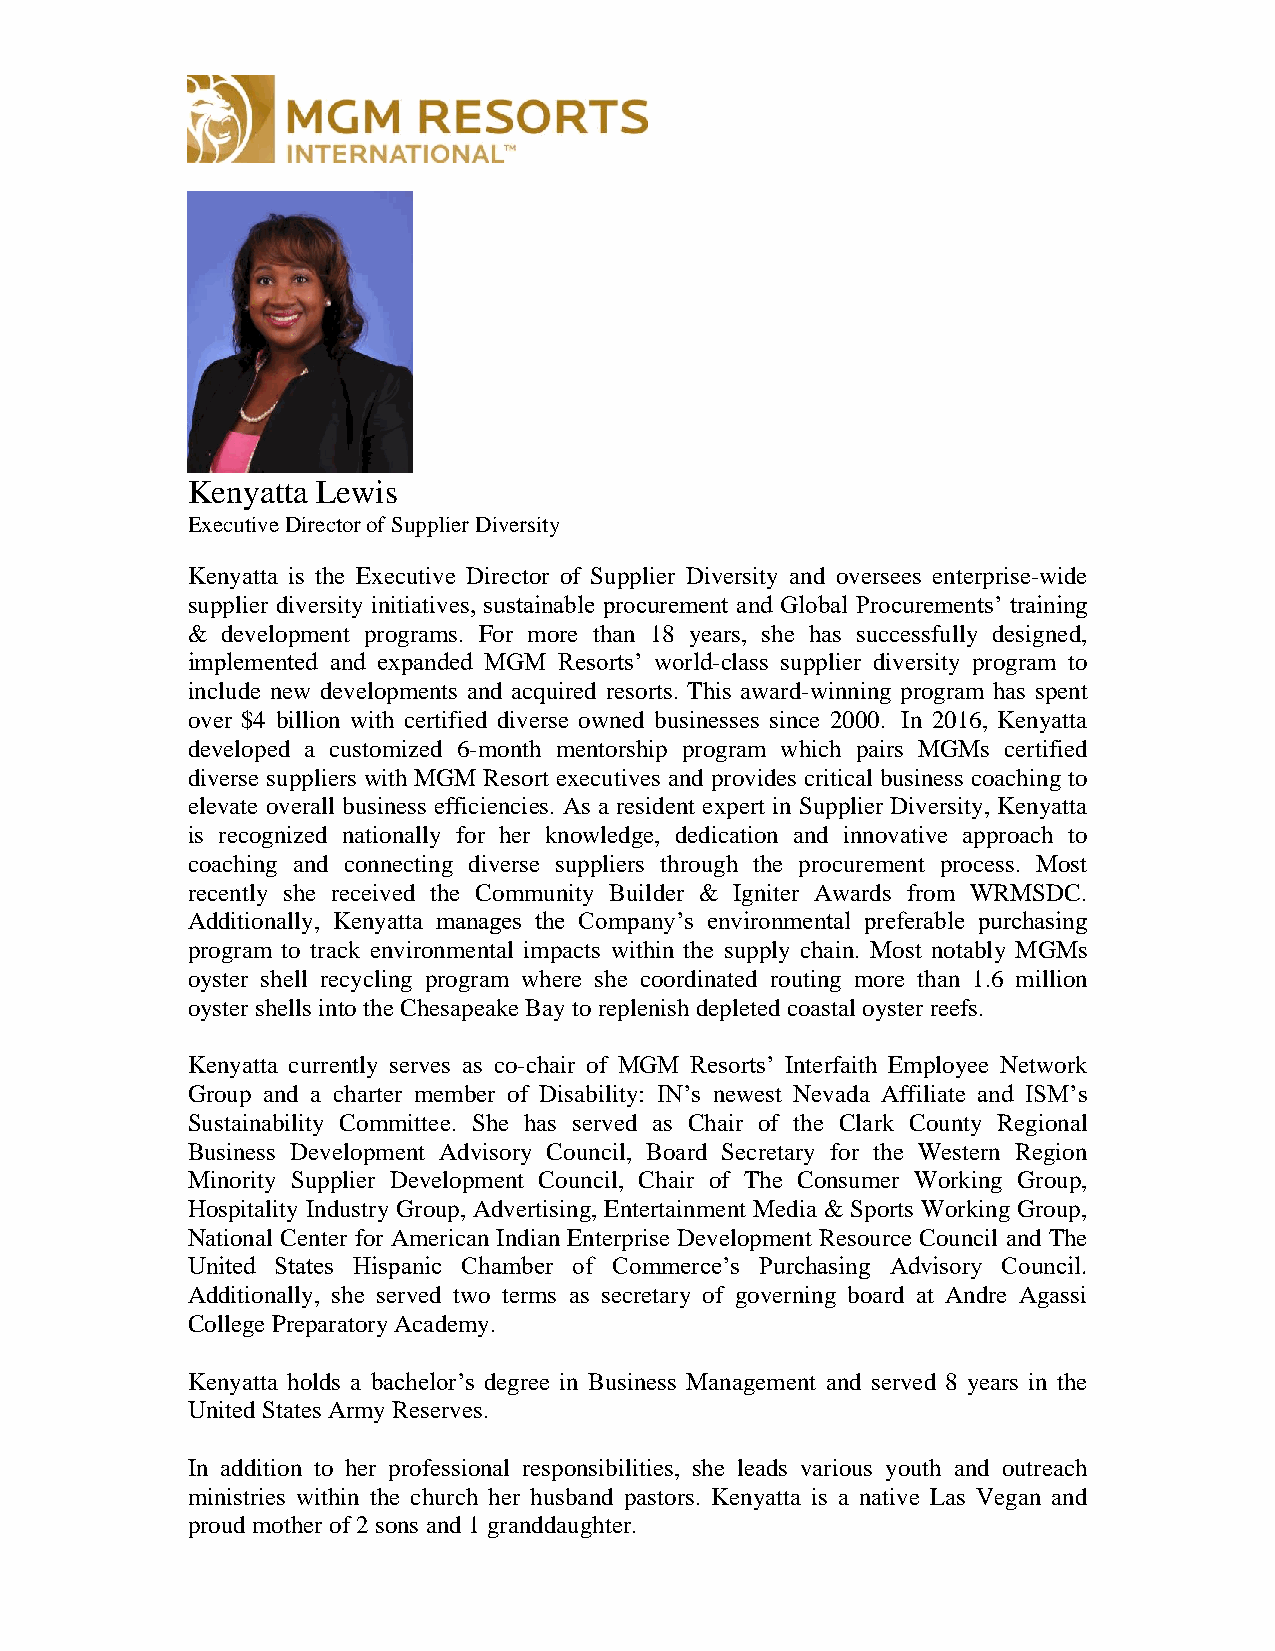
Kenyatta Lewis
 Executive Director of Supplier Diversity
 Kenyatta is the Executive Director of Supplier Diversity and oversees enterprise-wide
 supplier diversity initiatives, sustainable procurement and Global Procurements’ training
 &  development programs. For more than 18 years, she has successfully designed,
 implemented and expanded MGM Resorts’ world-class supplier diversity program to
 include new developments and acquired resorts. This award-winning program has spent
 over $4 billion with certified diverse owned businesses since 2000. In 2016, Kenyatta
 developed a customized 6-month mentorship program which pairs MGMs certified
 diverse suppliers with MGM Resort executives and provides critical business coaching to
 elevate overall business efficiencies. As a resident expert in Supplier Diversity, Kenyatta
 is recognized nationally for her knowledge, dedication and innovative approach to
 coaching and connecting diverse suppliers through the procurement process. Most
 recently she received the Community Builder & Igniter Awards from WRMSDC.
 Additionally, Kenyatta manages the Company’s environmental preferable purchasing
 program to track environmental impacts within the supply chain. Most notably MGMs
 oyster shell recycling program where she coordinated routing more than 1.6 million
 oyster shells into the Chesapeake Bay to replenish depleted coastal oyster reefs.
 Kenyatta currently serves as co-chair of MGM Resorts’ Interfaith Employee Network
 Group and a charter member of Disability: IN’s newest Nevada Affiliate and ISM’s
 Sustainability Committee. She has served as Chair of the Clark County Regional
 Business Development Advisory Council, Board Secretary for the Western Region
 Minority Supplier Development Council, Chair of The Consumer Working Group,
 Hospitality Industry Group, Advertising, Entertainment Media & Sports Working Group,
 National Center for American Indian Enterprise Development Resource Council and The
 United States Hispanic Chamber of Commerce’s Purchasing Advisory Council.
 Additionally, she served two terms as secretary of governing board at Andre Agassi
 College Preparatory Academy.
 Kenyatta holds a bachelor’s degree in Business Management and served 8 years in the
 United States Army Reserves.
 In addition to her professional responsibilities, she leads various youth and outreach
 ministries within the church her husband pastors. Kenyatta is a native Las Vegan and
 proud mother of 2 sons and 1 granddaughter.